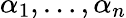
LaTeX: \alpha_{1},\ldots,\alpha_{n}